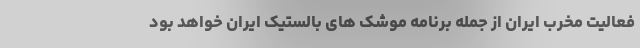
فعالیت مخرب ایران از جمله برنامه موشک های بالستیک ایران خواهد بود